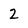
Character: 2